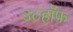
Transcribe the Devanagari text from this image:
उटहॉफ